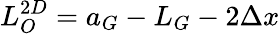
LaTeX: L_{O}^{2D}=a_{G}-L_{G}-2\Delta x